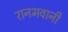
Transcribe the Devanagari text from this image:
रानभवानी